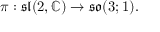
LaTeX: \pi : { \mathfrak { s l } } ( 2 , \mathbb { C } ) \to { \mathfrak { s o } } ( 3 ; 1 ) .